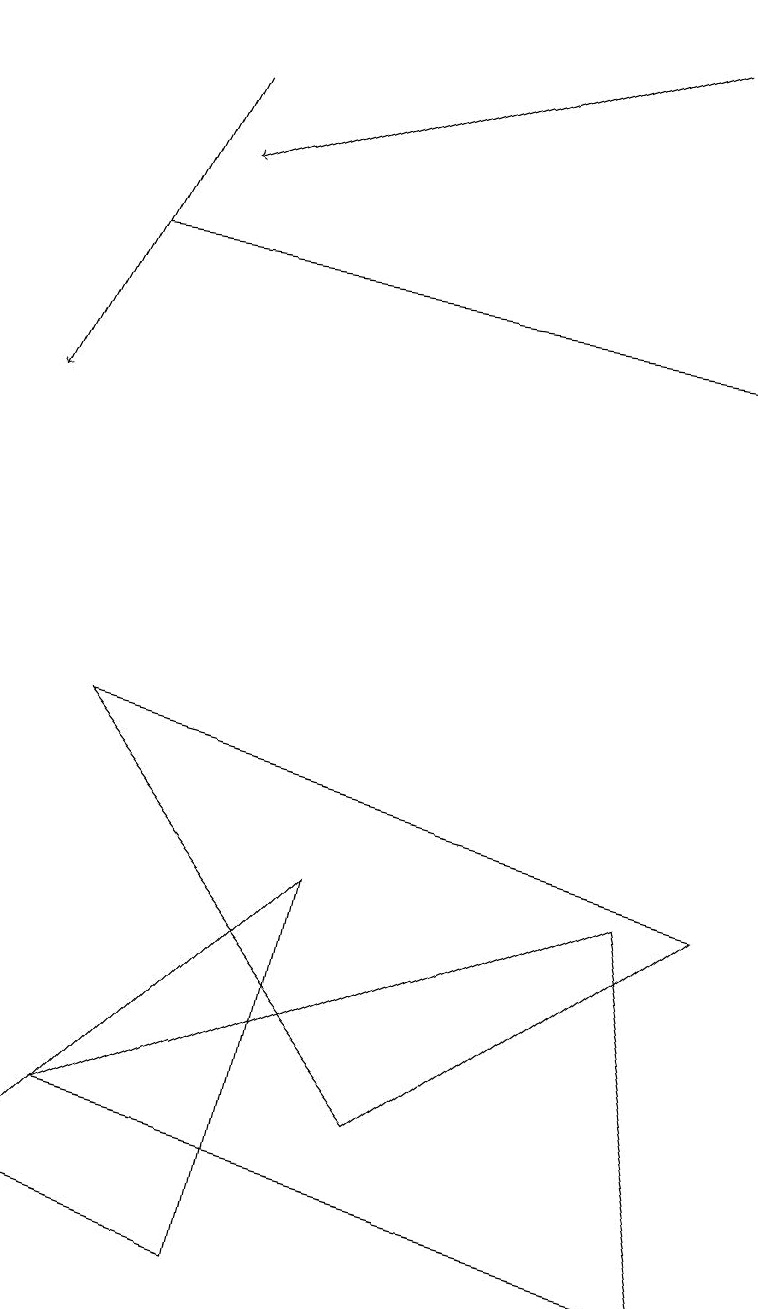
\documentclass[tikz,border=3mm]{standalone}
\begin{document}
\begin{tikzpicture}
\draw[->] (2,15) -- (0,11);
\draw (8,5) -- (1,2) -- (9,0) -- cycle;
\draw[->] (8,16) -- (2,14);
\draw (4,5) -- (3,0) -- (0,1) -- cycle;
\draw[->] (1,13) -- (9,12);
\draw (9,5) -- (1,7) -- (5,2) -- cycle;
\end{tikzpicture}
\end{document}